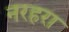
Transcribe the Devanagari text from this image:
नरहरा